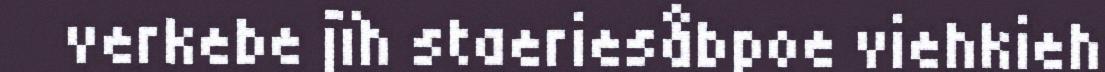
verkebe jïh staeriesåbpoe viehkieh